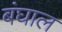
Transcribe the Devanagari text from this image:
बंघाल